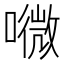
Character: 𡀎